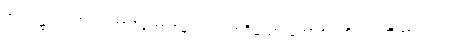
အရပ်၌။ ကုဒြူ သကာဒိဘောဇနံ၊ လူးအစရှိသော ဘောဇဉ်ကို။ လဘိတွာ၊ ရ၍။